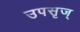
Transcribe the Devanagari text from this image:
उपसृज्